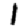
Digit: 1